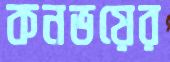
কনভয়ের